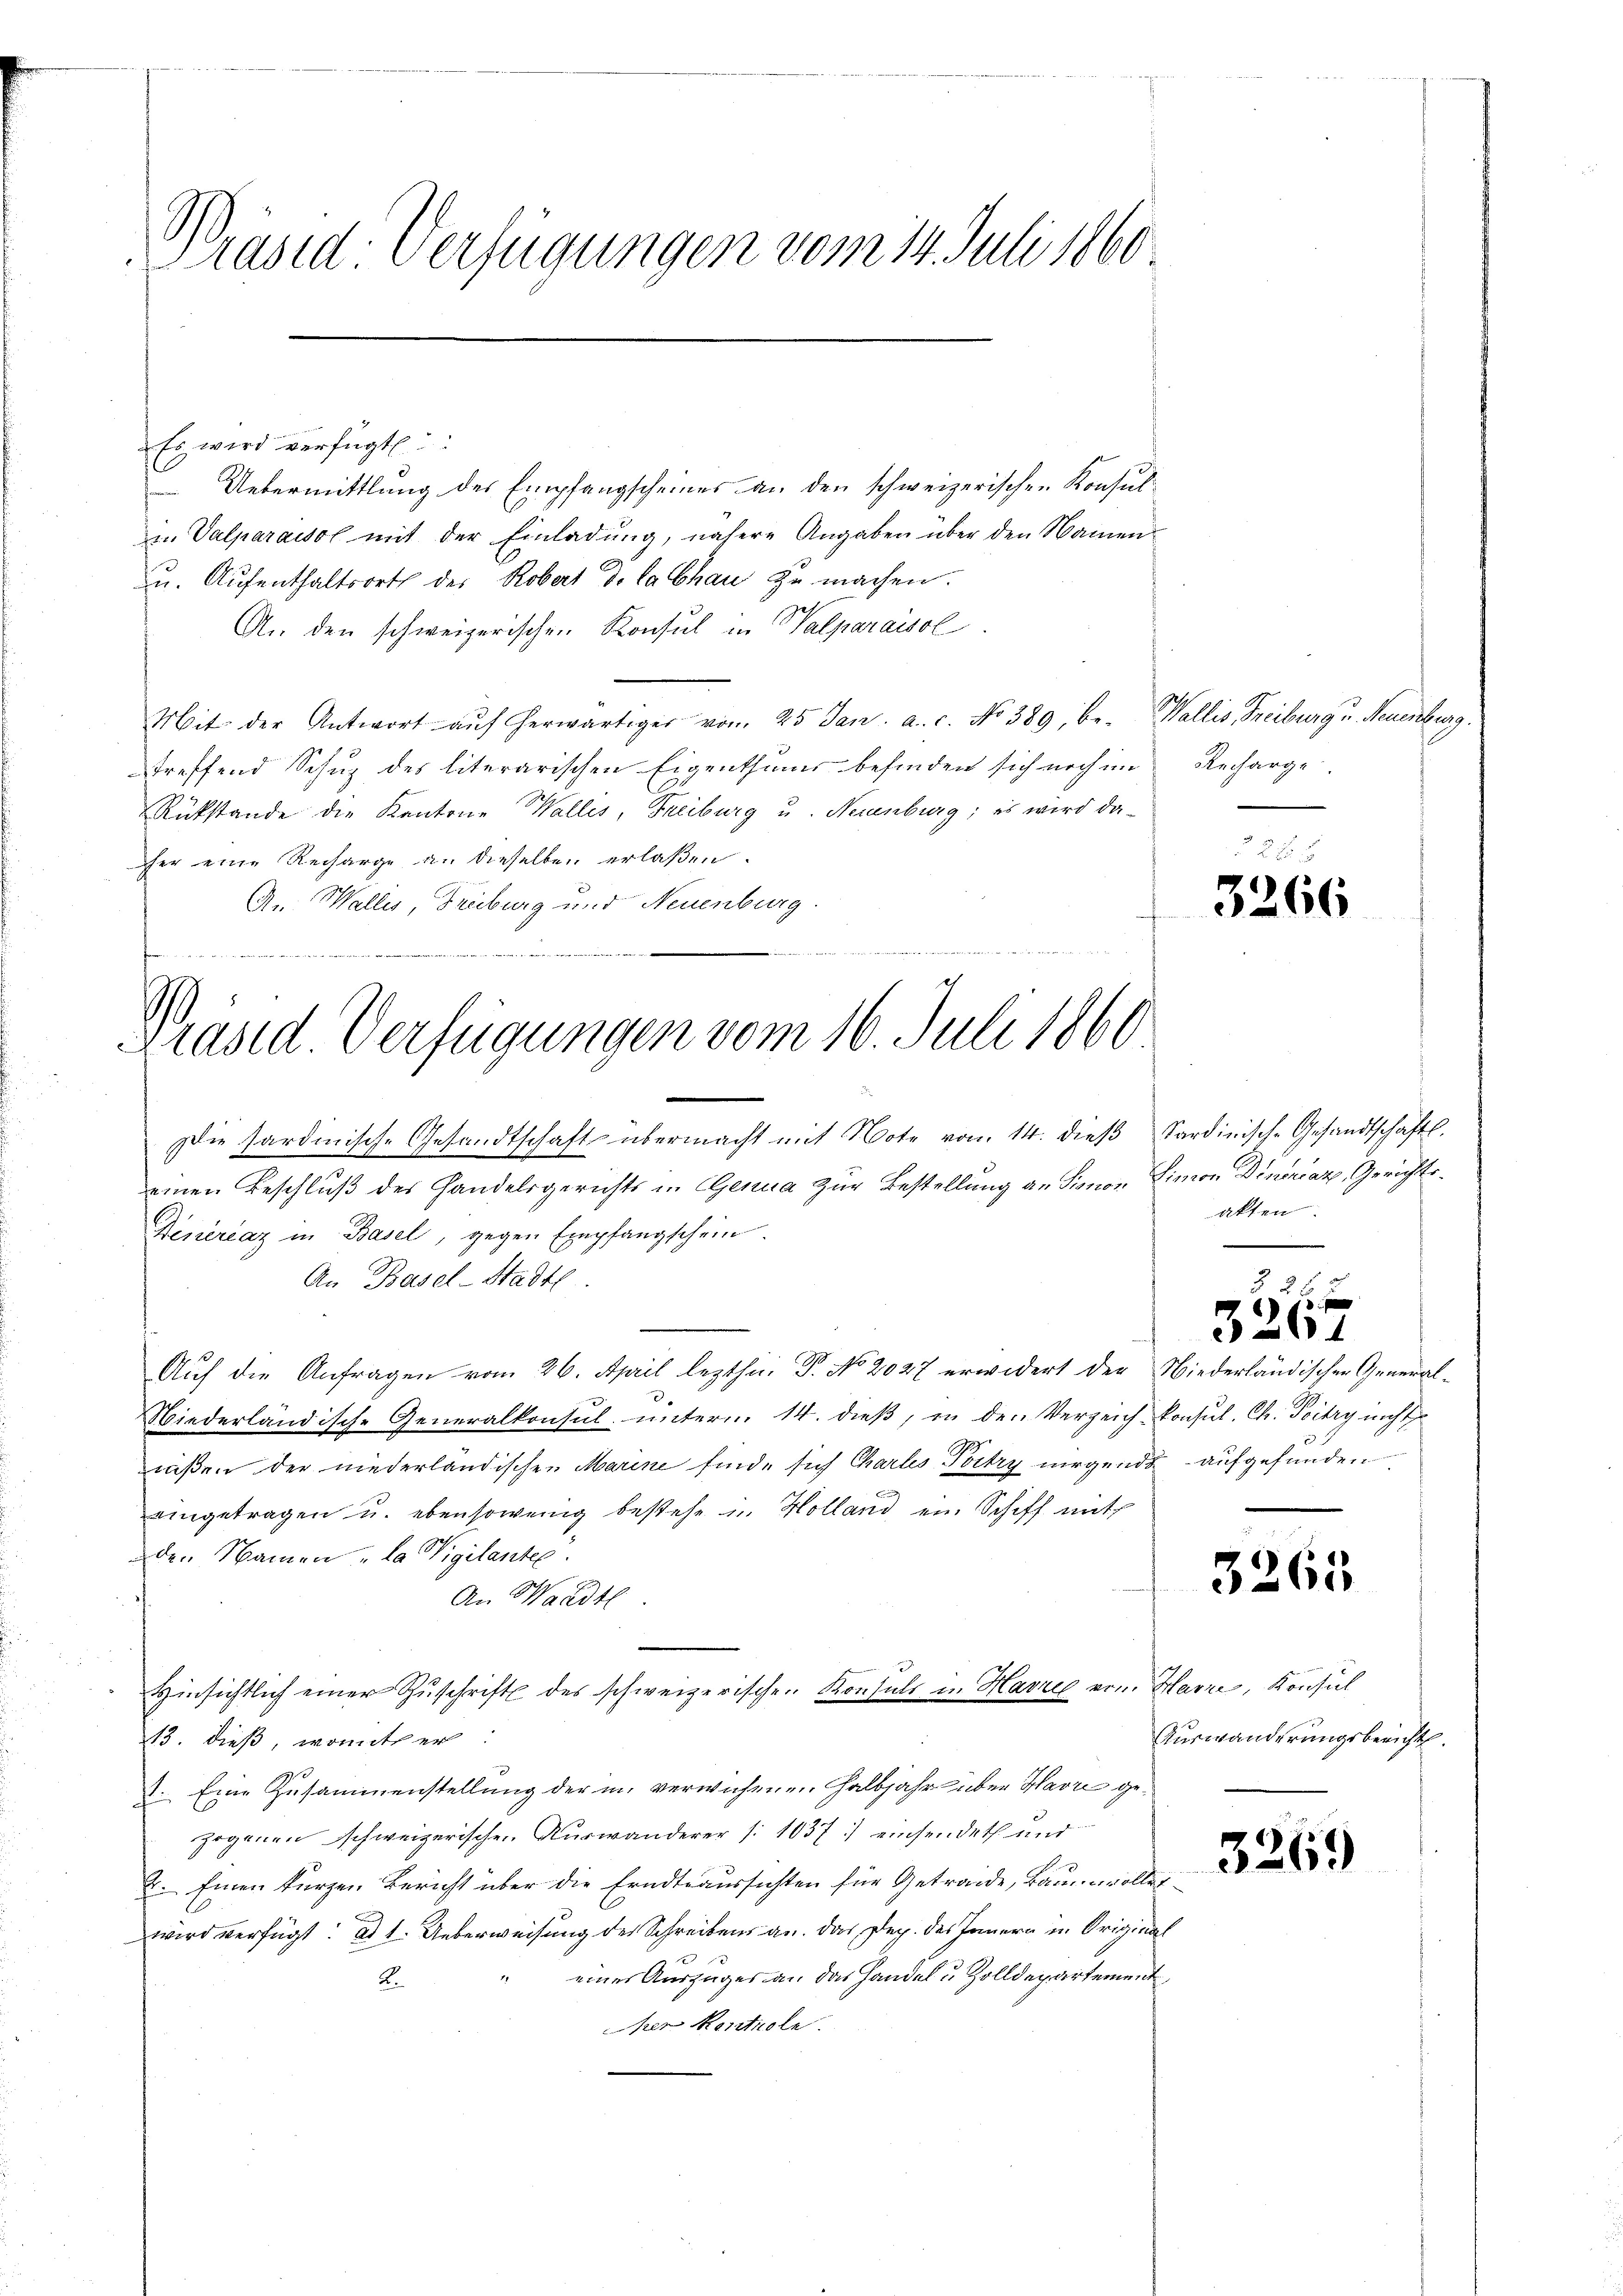
Präsid. Verfügungen vom 14. Juli 1860

Es wird verfügt
Uebermittlung des Empfangscheines an den schweizerischen Konsul¬
Valparaisol mit der Einladung, nähere Angaben über den Namen
zu. Aufenthaltsort der Robert de la Chau zu machen.
An den schweizerischen Konsul in Walparaisol
Mit der Antwort aŭf herwärtiger von 25 Jan. a. c. No 389, be- Wallis Freiburg u. Neuenburg
treffend Schuz des literarischen Eigenthums befinden sich noch im
Rükstände die Kantone Walles, Freiburg u. Neuenburg; es wird da-
er eine Recharge an dieselben erlaßen.
An Wallis, Freiburg und Neuenburg.
e

Präsid. Verfügungen vom 16. Juli 1860

Recharge.

Die Sardinische Gesandtschaft übermacht mit Note vom 14. dieβ Sardinisch-Gesandtschafts-
einen Beschluß des Handelsgerichts in Genua zur Bestellung an Lienor Limon Dinervaz, Gerichts¬
Feneraz in Basel, gegen Empfangschein.
An Basel-Stadtl
Auf die Anfragen vom 26. April lezthn. P. No. 2027 erwidert der Niederländischen General¬
Niederländische Generalkonsul, unterm 14. dieß, in den Verzeich konsul. Ch. Poitry nicht
nißen der niederländischen Marine finde sich Charls Portry nirgends aufgefunden
eingetragen u. ebensowenig bestehe in Holland ein Schiff mith
den Namen „la Vigilante.
An Waadt
Hinsichtlich einer Zŭschrift des schweizerischen Konsuls in Havreg vom Harze, Konsul
13. dieß, womit er:
8. Eine Zusammenstellung der in verwichenen Halbjahr über Havre gezogenen schweizerischen Auswanderer [1037.) einsendet und
2. Einen kurzen Bericht über die Erndteaussichten für Getraide, Baumwollet
e
wird verfügt: ad 1. Ueberweisung des Schreibens an. Das Dep. des Innern in Original
einer Auszuges an das Handel u. Zolldepartement
2.
her Kontrole.

3266

akten.

526 x
326

3265

Auswanderungsbericht.

3269